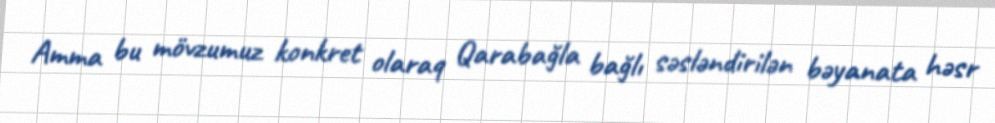
Amma bu mövzumuz konkret olaraq Qarabağla bağlı səsləndirilən bəyanata həsr